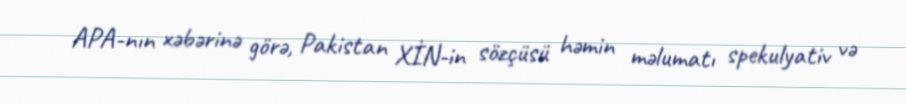
APA-nın xəbərinə görə, Pakistan XİN-in sözçüsü həmin məlumatı spekulyativ və